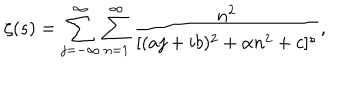
\zeta ( s ) = \sum _ { j = - \infty } ^ { \infty } \sum _ { n = 1 } ^ { \infty } { \frac { n ^ { 2 } } { [ ( a j + i b ) ^ { 2 } + \alpha n ^ { 2 } + c ] ^ { s } } } ,